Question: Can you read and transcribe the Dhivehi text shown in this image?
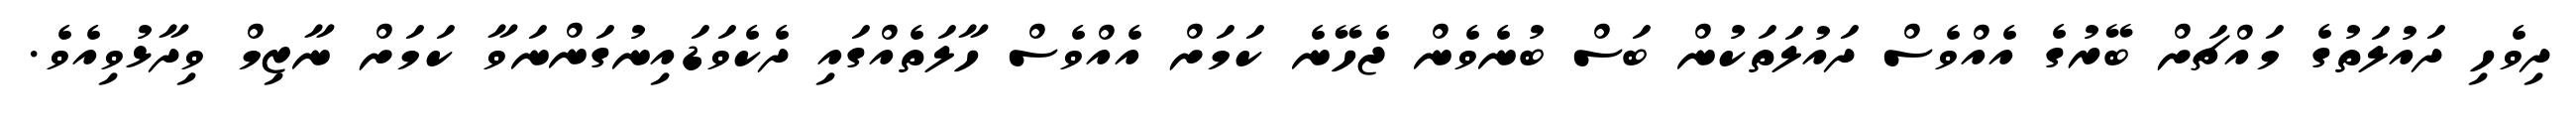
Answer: ދިވެހި ދައުލަތުގެ މައްޗަށް ބޭރުގެ އެއްވެސް ދައުލަތަކުން ބަސް ބުނެވެން ޖެހޭނެ ކަމަށް އެއްވެސް ހާލަތެއްގައި ދެކެވަޑައިނުގަންނަވާ ކަމަށް ނާޒިމް ވިދާޅުވިއެވެ.